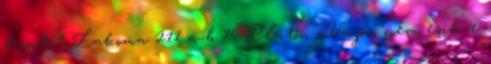
érinti.” Lakoma 211 a-b 76 Platón „Vajon nem esik-e